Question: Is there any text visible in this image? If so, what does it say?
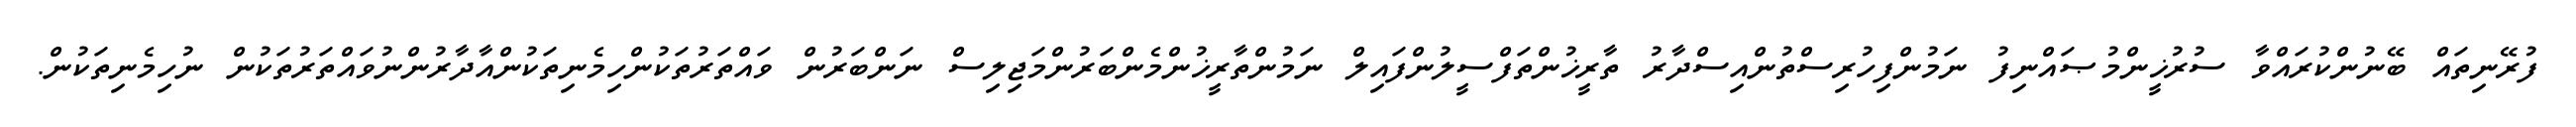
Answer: ފުރޭނިތައް ބޭނުންކުރައްވާ ސުރުޚީންމުޞައްނިފު ނަމުންފިހުރިސްތުންއިސްދާރު ތާރީޚުންތަފްސީލުންފައިލް ނަމުންތާރީޚުންމެންބަރުންމަޖިލިސް ނަންބަރުން ވައްތަރުތަކުންހިމެނިތަކުންއާދާރުންނުވައްތަރުތަކުން ނުހިމެނިތަކުން.